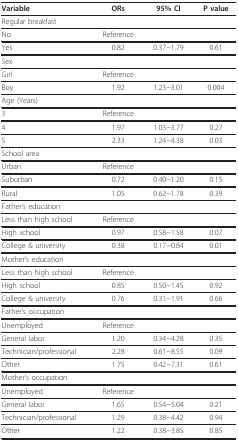
<table><thead><tr><td><b>Variable</b></td><td><b>ORs</b></td><td><b>95% CI</b></td><td><b>P value</b></td></tr></thead><tbody><tr><td>Regular breakfast</td><td></td><td></td><td></td></tr><tr><td>No</td><td>Reference</td><td></td><td></td></tr><tr><td>Yes</td><td>0.82</td><td>0.37~1.79</td><td>0.61</td></tr><tr><td>Sex</td><td></td><td></td><td></td></tr><tr><td>Girl</td><td>Reference</td><td></td><td></td></tr><tr><td>Boy</td><td>1.92</td><td>1.23~3.01</td><td>0.004</td></tr><tr><td>Age (Years)</td><td></td><td></td><td></td></tr><tr><td>3</td><td>Reference</td><td></td><td></td></tr><tr><td>4</td><td>1.97</td><td>1.03~3.77</td><td>0.27</td></tr><tr><td>5</td><td>2.33</td><td>1.24~4.38</td><td>0.03</td></tr><tr><td>School area</td><td></td><td></td><td></td></tr><tr><td>Urban</td><td>Reference</td><td></td><td></td></tr><tr><td>Suburban</td><td>0.72</td><td>0.40~1.20</td><td>0.15</td></tr><tr><td>Rural</td><td>1.05</td><td>0.62~1.78</td><td>0.39</td></tr><tr><td>Father&#x27;s education</td><td></td><td></td><td></td></tr><tr><td>Less than high school</td><td>Reference</td><td></td><td></td></tr><tr><td>High school</td><td>0.97</td><td>0.58~1.58</td><td>0.07</td></tr><tr><td>College &amp; university</td><td>0.38</td><td>0.17~0.84</td><td>0.01</td></tr><tr><td>Mother&#x27;s education</td><td></td><td></td><td></td></tr><tr><td>Less than high school</td><td>Reference</td><td></td><td></td></tr><tr><td>High school</td><td>0.85</td><td>0.50~1.45</td><td>0.92</td></tr><tr><td>College &amp; university</td><td>0.76</td><td>0.31~1.91</td><td>0.66</td></tr><tr><td>Father&#x27;s occupation</td><td></td><td></td><td></td></tr><tr><td>Unemployed</td><td>Reference</td><td></td><td></td></tr><tr><td>General labor</td><td>1.20</td><td>0.34~4.28</td><td>0.35</td></tr><tr><td>Technician/professional</td><td>2.28</td><td>0.61~8.55</td><td>0.09</td></tr><tr><td>Other</td><td>1.75</td><td>0.42~7.31</td><td>0.61</td></tr><tr><td>Mother&#x27;s occupation</td><td></td><td></td><td></td></tr><tr><td>Unemployed</td><td>Reference</td><td></td><td></td></tr><tr><td>General labor</td><td>1.65</td><td>0.54~5.04</td><td>0.21</td></tr><tr><td>Technician/professional</td><td>1.29</td><td>0.38~4.42</td><td>0.94</td></tr><tr><td>Other</td><td>1.22</td><td>0.38~3.85</td><td>0.85</td></tr></tbody></table>